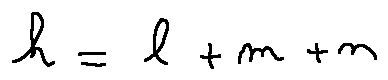
h = l + m + n